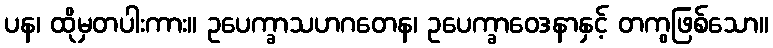
ပန၊ ထိုမှတပါးကား။ ဥပေက္ခာသဟဂတေန၊ ဥပေက္ခာဝေဒနာနှင့် တကွဖြစ်သော။